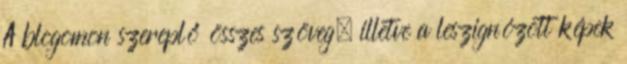
A blogomon szereplő összes szöveg, illetve a leszignózott képek